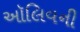
ઑલિવની